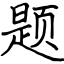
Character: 题